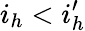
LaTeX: i_{h}<i_{h}^{\prime}